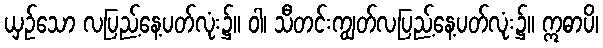
ယှဉ်သော လပြည့်နေ့ပတ်လုံး၌။ ဝါ၊ သီတင်းကျွတ်လပြည့်နေ့ပတ်လုံး၌။ ဣဓာပိ၊